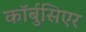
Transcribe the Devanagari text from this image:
कॉर्बुसिएर